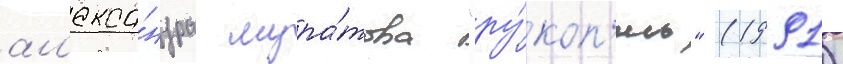
ал'екса́ндра мура́това "ру́коп'ись" (1991)